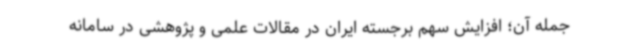
جمله آن؛ افزایش سهم برجسته ایران در مقالات علمی و پژوهشی در سامانه